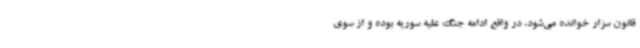
قانون سزار خوانده می‌شود، در واقع ادامه جنگ علیه سوریه بوده و از سوی